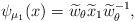
LaTeX: \begin{align*}\psi_{\mu_1}(x) = \widetilde w_\theta \widetilde x_1 \widetilde w_\theta^{-1},\end{align*}